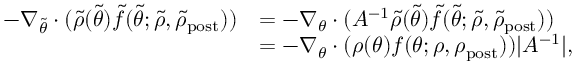
\begin{array} { r l } { - \nabla _ { \tilde { \theta } } \cdot ( \tilde { \rho } ( \tilde { \theta } ) \tilde { f } ( \tilde { \theta } ; \tilde { \rho } , \tilde { \rho } _ { \mathrm { p o s t } } ) ) } & { = - \nabla _ { \theta } \cdot ( A ^ { - 1 } \tilde { \rho } ( \tilde { \theta } ) \tilde { f } ( \tilde { \theta } ; \tilde { \rho } , \tilde { \rho } _ { \mathrm { p o s t } } ) ) } \\ & { = - \nabla _ { \theta } \cdot ( \rho ( \theta ) f ( \theta ; \rho , \rho _ { \mathrm { p o s t } } ) ) | A ^ { - 1 } | , } \end{array}